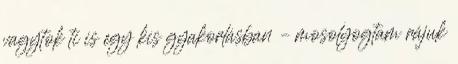
vagytok ti is egy kis gyakorlásban – mosolyogtam rájuk